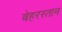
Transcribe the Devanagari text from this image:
बेहरस्तान